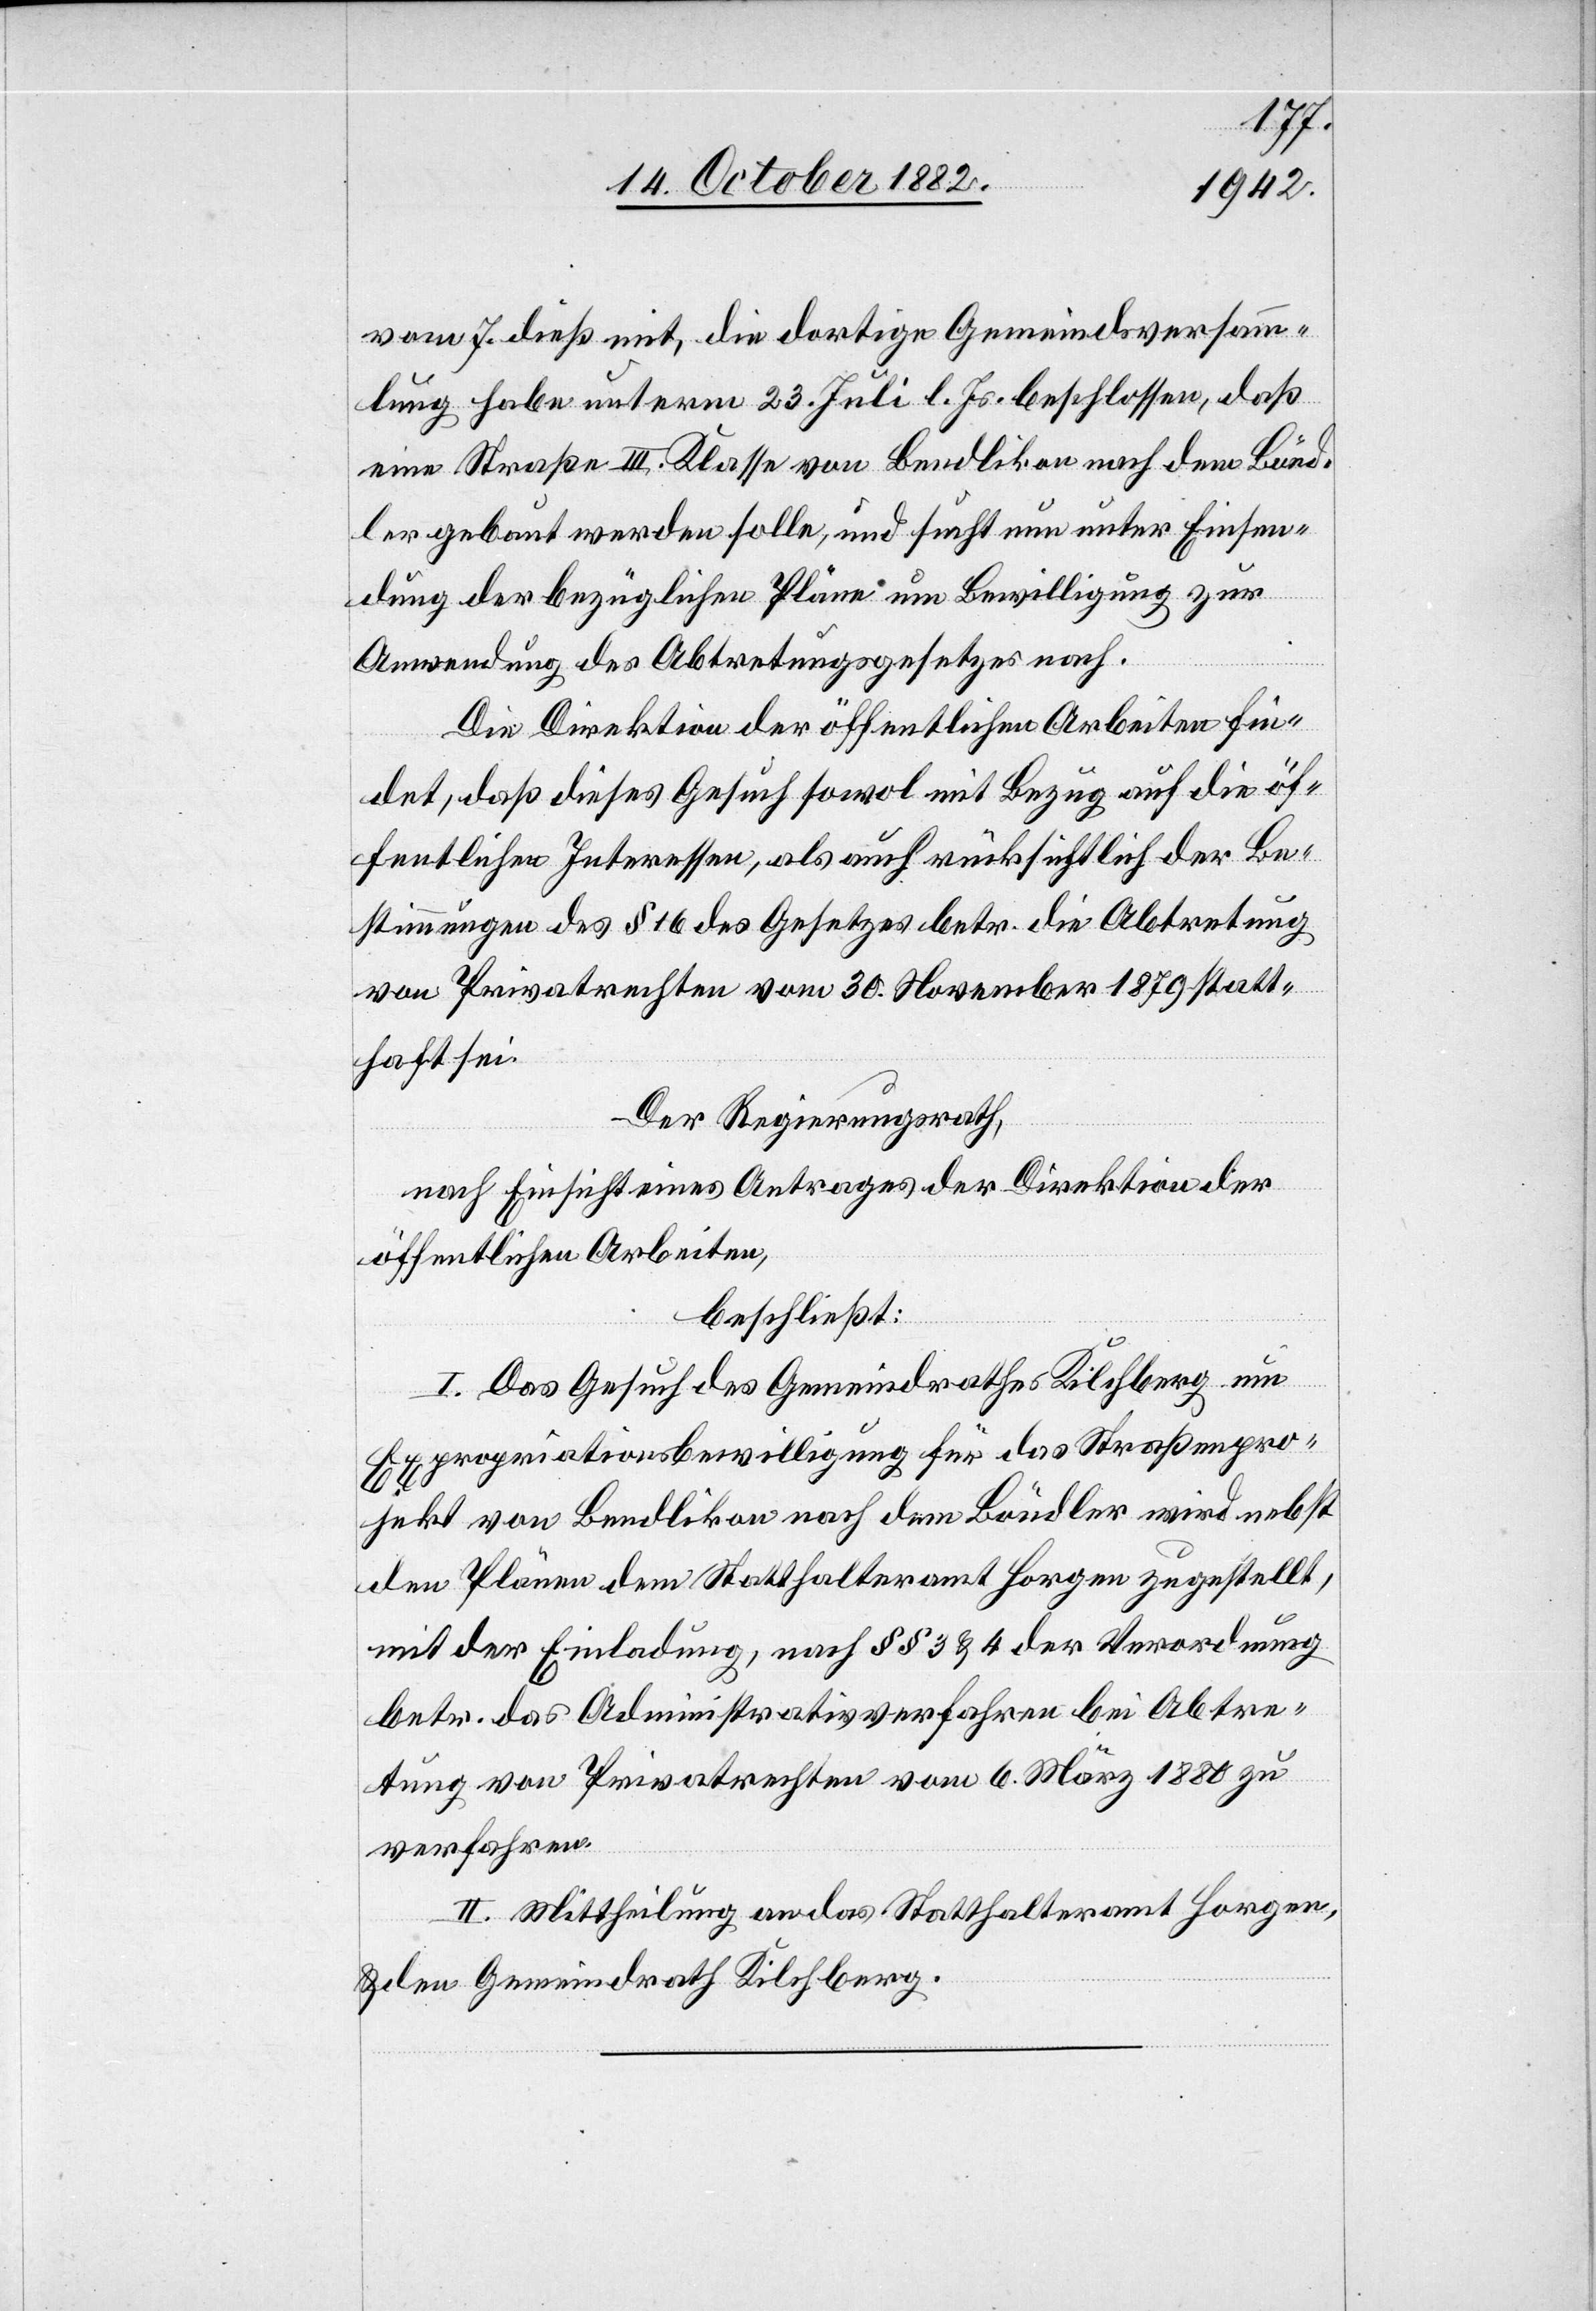
vom 7. dieß mit, die dortige Gemeindsversamm¬
lung habe unterm 23. Juli l. Js. beschlossen, daß
eine Straße III. Klasse von Bendlikon nach dem Bönd¬
ler gebaut werden soll, und sucht nun unter Einsen¬
dung der bezüglichen Pläne um Bewilligung zur
Anwendung des Abtretungsgesetzes nach.
Die Direktion der öffentlichen Arbeiten fin¬
det, daß dieses Gesuch sowol mit Bezug auf die öf¬
fentlichen Interessen, als auch rücksichtlich der Be¬
stimmungen des § 16 des Gesetzes betr. die Abtretung
von Privatrechten vom 30. November 1879 statt¬
haft sei.
Der Regierungsrath,
nach Einsicht eines Antrages der Direktion der
öffentlichen Arbeiten,
beschließt:
I. Das Gesuch des Gemeindrathes Kilchberg um
Expropriationsbewilligung für das Straßenpro¬
jekt von Bendlikon nach dem Böndler wird nebst
den Plänen dem Statthalteramt Horgen zugestellt,
mit der Einladung, nach §§ 3 & 4 der Verordnung
betr. das Administrativverfahren bei Abtre¬
tung von Privatrechten vom 6. März 1880 zu
verfahren.
II. Mittheilung an das Statthalteramt Horgen
& den Gemeindrath Kilchberg.